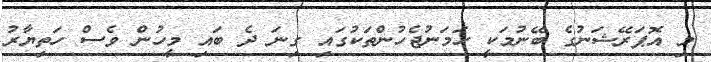
މި އޮޕަރޭޝަނުގެ ބޭނުމަކީ ހަމަނުޖެހުންތަކުގައި ގިނަ ދެ ބައި މީހުން ވެސް ހަތިޔާރު